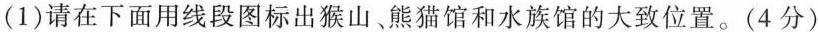
(1)请在下面用线段图标出猴山、熊猫馆和水族馆的大致位置。(4分)